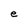
Character: e